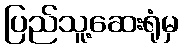
ပြည်သူ့ဆေးရုံမှ